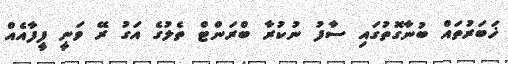
ޚަބަރުތައް ބުނާގޮތުގައި ސާފު ނުކުރާ ބްރަންޓް ތެލުގެ އަގު ރޭ ވަނީ ފީފާއެއް